Report on sanitation, dispensaries, and jails in Rajputana for 1919, and on vaccination for the year 1919-1920 - 1919-1920
Year: 1919
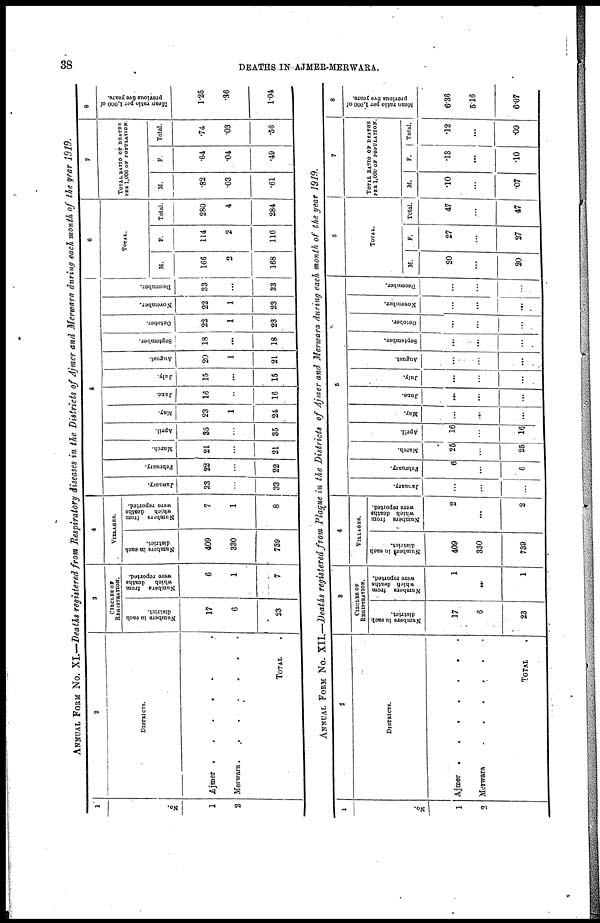
38
DEATHS IN AJMER-MERWARA.
ANNUAL FORM No. XI.—Deaths registered from Respiratory diseases in the Districts of Ajmer and Merwara during each month of the year 1919.
1
No.
1
2
2
DISTRICTS.
Ajmer
.
.
.
.
.
Merwara
.
.
.
.
TOTAL .
3
CIRCLES OF
REGISTRATION.
Numbers in each
district.
17
6
23
Numbers from
which deaths
were reported.
6
1
7
4
VILLAGES.
Numbers in each
district.
409
330
739
Number from
which deaths
were reported.
7
1
8
5
January.
33
...
33
February.
22
...
22
March.
21
...
21
April.
35
...
35
May.
23
1
24
June.
16
...
16
July.
15
...
15
August.
20
1
21
September.
18
...
18
October.
22
1
23
November.
22
1
23
December.
33
...
33
6
TOTAL.
M.
166
2
168
F.
114
2
116
Total.
280
4
284
7
TOTAL RATIO OF DEATHS
PER 1,000 OF POPULATION.
M.
.82
.03
.61
F.
.64
.04
.49
Total.
.74
.03
.56
8
Mean ratio per 1,000 of
previous five years.
1.25
.36
1.04
ANNUAL FORM No. XII.—Deaths registered from Plague in the Districts of Ajmer and Merwara during each month of the year 1919.
1
No.
1
2
2
DISTRICTS.
Ajmer . . . . .
Merwara
.
.
.
.
TOTAL . . .
3
CIRCLES OF
REGISTRATION.
Numbers in each
district.
17
6
23
Numbers from
which deaths
were reported.
1
..
1
4
VILLAGES.
Numbers in each
district.
409
330
739
Numbers from
which deaths
were reported.
2
...
2
5
January.
...
...
...
February.
6
...
6
March.
25
...
25
April.
16
...
16
May.
...
...
...
June.
...
...
...
July.
...
...
...
August.
...
...
...
September.
...
...
...
October.
...
...
...
November.
...
...
...
December.
...
...
...
6
TOTAL.
M.
20
...
20
F.
27
...
27
Total.
47
...
47
7
TOTAL RATIO OF DEATHS
PER 1,000 OF POPULATION.
M.
.10
...
.07
F.
.13
...
.10
Total.
.12
...
.09
8
Mean ratio per 1,000 of
previous five years.
6.36
5.16
6.07